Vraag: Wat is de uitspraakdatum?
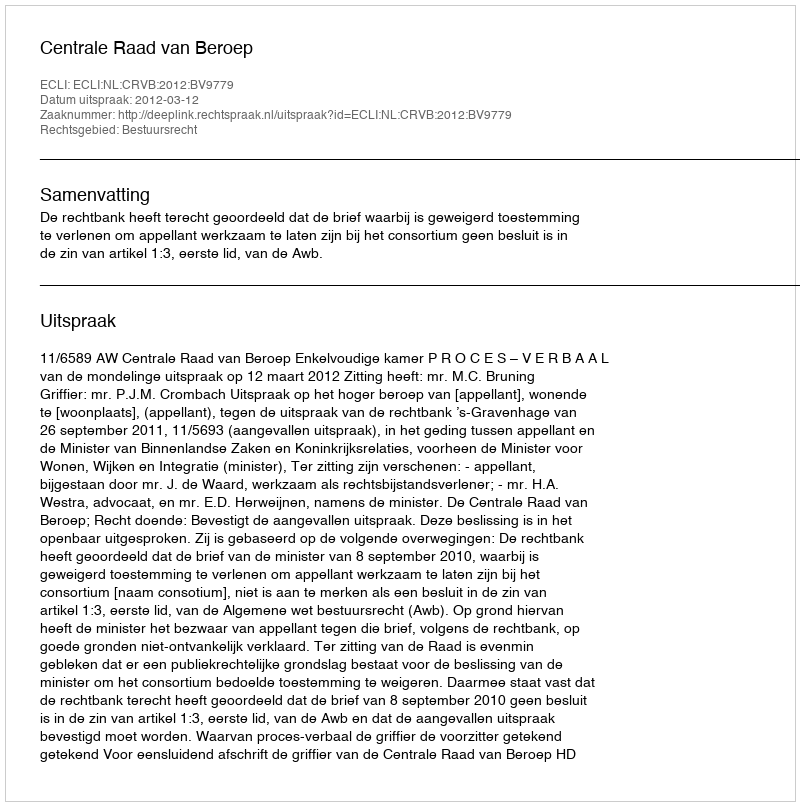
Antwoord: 2012-03-12